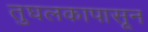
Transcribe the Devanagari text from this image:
तुघलकापासून